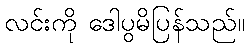
လင်းကို ဒေါပွမိပြန်သည်။